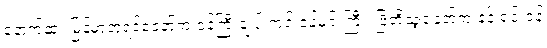
နောက်ဆုံး မြန်မာဘုရင်ခေတ်က ဝန်ကြီးချုပ် ကင်းဝန်မင်းကြီး၊ ဗြိတိသျှခေတ်က နန်းရင်းဝန်